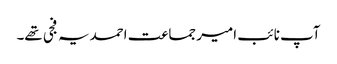
آپ نائب امیر جماعت احمدیہ فجی تھے۔